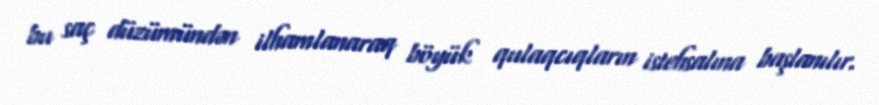
bu saç düzümündən ilhamlanaraq böyük qulaqcıqların istehsalına başlanılır.